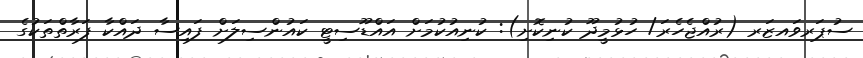
ސުޕަރވައޒަރ (ރުއްޖެހެރަ/ ހުޅުމީދޫ ކުނިކޮށި): ކުނިއުކުމަށް އައްޑޫސިޓީ ކައުންސިލަށް ފައިސާ ދައްކާ ފަރާތްތަކުގެ